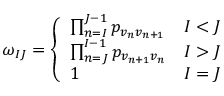
\begin{array} { r } { \omega _ { I J } = \left\{ \begin{array} { l l } { \prod _ { n = I } ^ { J - 1 } p _ { v _ { n } v _ { n + 1 } } } & { I < J } \\ { \prod _ { n = J } ^ { I - 1 } p _ { v _ { n + 1 } v _ { n } } } & { I > J } \\ { 1 } & { I = J } \end{array} \right. } \end{array}